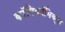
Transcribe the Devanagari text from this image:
काॅमिकॉमिक्स